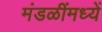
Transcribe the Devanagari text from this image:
मंडळींमध्यें